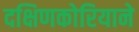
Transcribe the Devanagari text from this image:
दक्षिणकोरियाने